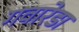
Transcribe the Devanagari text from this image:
गवारेडा